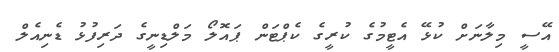
އޭސީ މިލާނަށް ކުޅޭ އެޓީމުގެ ކުރީގެ ކެޕްޓަން ޕައޮލޯ މަލްޑިނީގެ ދަރިފުޅު ޑެނިއެލް